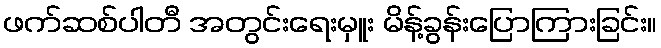
ဖက်ဆစ်ပါတီ အတွင်းရေးမှူး မိန့်ခွန်းပြောကြားခြင်း။